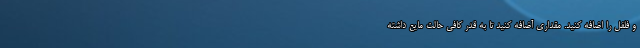
و فلفل را اضافه کنید. مقداری آضافه کنید تا به قدر کافی حالت مایع داشته